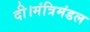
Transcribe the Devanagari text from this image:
दी।मंत्रिमंडल